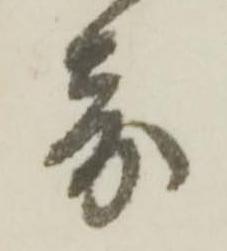
寄